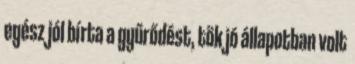
egész jól bírta a gyűrődést, tök jó állapotban volt